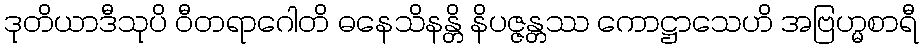
ဒုတိယာဒီသုပိ ဝီတရာဂေါတိ ဓနေသိနန္တိ နိပဇ္ဇန္တဿ ကောဋ္ဌာသေဟိ အဗြဟ္မစာရီ